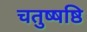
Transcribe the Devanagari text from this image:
चतुष्षष्ठि